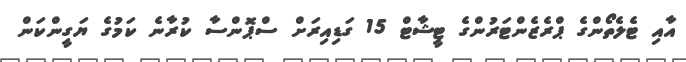
އާއި ޓެލެތޯންގެ ޕްރެޒެންޓަރުންގެ ޓީޝާޓް 15 ގަޑިއިރަށް ސްޕޮންސާ ކުރާނެ ކަމުގެ ޔަގީންކަން